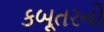
કબૂતરનો